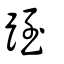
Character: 跮